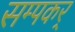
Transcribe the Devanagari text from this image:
सम्पकर्